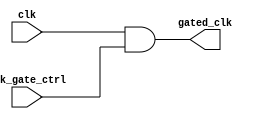
module clock_gating_cell (
    input wire clk,               // Primary clock signal
    input wire clk_gate_ctrl,     // Clock gating control signal
    output wire gated_clk         // Gated clock output
);
    // Gated clock logic using AND gate
    assign gated_clk = clk & clk_gate_ctrl;
endmodule